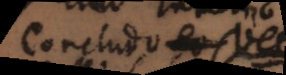
Concludo Ve